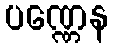
ပဏ္ဏေန